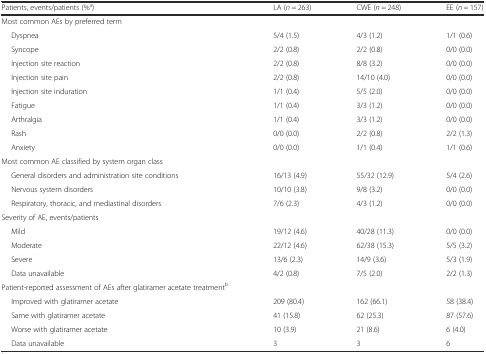
<table><thead><tr><td><b>Patients, events/patients (%<sup>a</sup>)</b></td><td><b>LA (<i>n</i> = 263)</b></td><td><b>CWE (<i>n</i> = 248)</b></td><td><b>EE (<i>n</i> = 157)</b></td></tr></thead><tbody><tr><td>Most common AEs by preferred term</td><td></td><td></td><td></td></tr><tr><td>Dyspnea</td><td>5/4 (1.5)</td><td>4/3 (1.2)</td><td>1/1 (0.6)</td></tr><tr><td>Syncope</td><td>2/2 (0.8)</td><td>2/2 (0.8)</td><td>0/0 (0.0)</td></tr><tr><td>Injection site reaction</td><td>2/2 (0.8)</td><td>8/8 (3.2)</td><td>0/0 (0.0)</td></tr><tr><td>Injection site pain</td><td>2/2 (0.8)</td><td>14/10 (4.0)</td><td>0/0 (0.0)</td></tr><tr><td>Injection site induration</td><td>1/1 (0.4)</td><td>5/5 (2.0)</td><td>0/0 (0.0)</td></tr><tr><td>Fatigue</td><td>1/1 (0.4)</td><td>3/3 (1.2)</td><td>0/0 (0.0)</td></tr><tr><td>Arthralgia</td><td>1/1 (0.4)</td><td>3/3 (1.2)</td><td>0/0 (0.0)</td></tr><tr><td>Rash</td><td>0/0 (0.0)</td><td>2/2 (0.8)</td><td>2/2 (1.3)</td></tr><tr><td>Anxiety</td><td>0/0 (0.0)</td><td>1/1 (0.4)</td><td>1/1 (0.6)</td></tr><tr><td>Most common AE classified by system organ class</td><td></td><td></td><td></td></tr><tr><td>General disorders and administration site conditions</td><td>16/13 (4.9)</td><td>55/32 (12.9)</td><td>5/4 (2.6)</td></tr><tr><td>Nervous system disorders</td><td>10/10 (3.8)</td><td>9/8 (3.2)</td><td>0/0 (0.0)</td></tr><tr><td>Respiratory, thoracic, and mediastinal disorders</td><td>7/6 (2.3)</td><td>4/3 (1.2)</td><td>0/0 (0.0)</td></tr><tr><td>Severity of AE, events/patients</td><td></td><td></td><td></td></tr><tr><td>Mild</td><td>19/12 (4.6)</td><td>40/28 (11.3)</td><td>0/0 (0.0)</td></tr><tr><td>Moderate</td><td>22/12 (4.6)</td><td>62/38 (15.3)</td><td>5/5 (3.2)</td></tr><tr><td>Severe</td><td>13/6 (2.3)</td><td>14/9 (3.6)</td><td>5/3 (1.9)</td></tr><tr><td>Data unavailable</td><td>4/2 (0.8)</td><td>7/5 (2.0)</td><td>2/2 (1.3)</td></tr><tr><td>Patient-reported assessment of AEs after glatiramer acetate treatment<sup>b</sup></td><td></td><td></td><td></td></tr><tr><td>Improved with glatiramer acetate</td><td>209 (80.4)</td><td>162 (66.1)</td><td>58 (38.4)</td></tr><tr><td>Same with glatiramer acetate</td><td>41 (15.8)</td><td>62 (25.3)</td><td>87 (57.6)</td></tr><tr><td>Worse with glatiramer acetate</td><td>10 (3.9)</td><td>21 (8.6)</td><td>6 (4.0)</td></tr><tr><td>Data unavailable</td><td>3</td><td>3</td><td>6</td></tr></tbody></table>